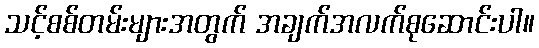
သင့်စစ်တမ်းများအတွက် အချက်အလက်စုဆောင်းပါ။